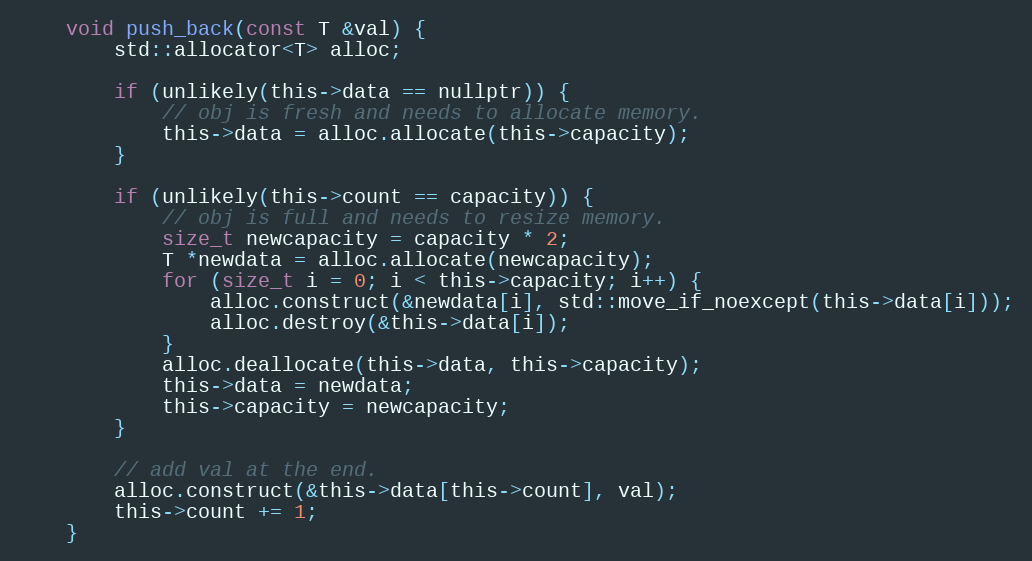
Language: C
	void push_back(const T &val) {
		std::allocator<T> alloc;

		if (unlikely(this->data == nullptr)) {
			// obj is fresh and needs to allocate memory.
			this->data = alloc.allocate(this->capacity);
		}

		if (unlikely(this->count == capacity)) {
			// obj is full and needs to resize memory.
			size_t newcapacity = capacity * 2;
			T *newdata = alloc.allocate(newcapacity);
			for (size_t i = 0; i < this->capacity; i++) {
				alloc.construct(&newdata[i], std::move_if_noexcept(this->data[i]));
				alloc.destroy(&this->data[i]);
			}
			alloc.deallocate(this->data, this->capacity);
			this->data = newdata;
			this->capacity = newcapacity;
		}

		// add val at the end.
		alloc.construct(&this->data[this->count], val);
		this->count += 1;
	}